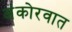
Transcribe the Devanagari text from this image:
अंकोरवात